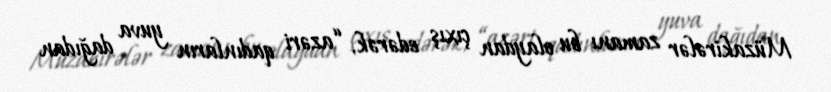
Müzakirələr zamanı bu olaydan çıxış edərək, “azəri qadınların yuva dağıdan